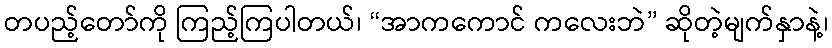
တပည့်တော်ကို ကြည့်ကြပါတယ်၊ “အာကကောင် ကလေးဘဲ” ဆိုတဲ့မျက်နှာနဲ့၊